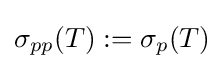
\sigma _{pp}(T):=\sigma _{p}(T)